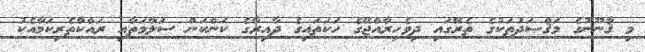
މި ޤާނޫނުގެ މަޤްޞަދުތަކުގެ ތެރޭގައި ދިވެހިރާއްޖޭގެ ހަކަތައިގެ ދާއިރާގެ ކަންކަން ސަލާމަތާއި ރައްކާތެރިކަމާއެކު